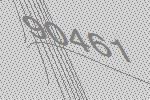
90461